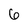
Character: 6